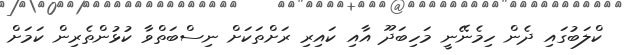
ކްލަބުގައި ދެން ހިމެނޭނީ މަހިބަދޫ އާއި ކައިރި ރަށްތަކަށް ނިސްބަތްވާ ކުޅުންތެރިން ކަމަށް